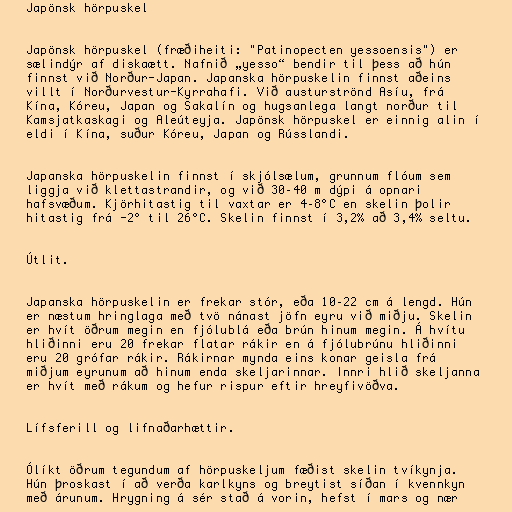
Japönsk hörpuskel

Japönsk hörpuskel (fræðiheiti: "Patinopecten yessoensis") er
sælindýr af diskaætt. Nafnið „yesso“ bendir til þess að hún
finnst við Norður-Japan. Japanska hörpuskelin finnst aðeins
villt í Norðurvestur-Kyrrahafi. Við austurströnd Asíu, frá
Kína, Kóreu, Japan og Sakalín og hugsanlega langt norður til
Kamsjatkaskagi og Aleúteyja. Japönsk hörpuskel er einnig alin í
eldi í Kína, suður Kóreu, Japan og Rússlandi.

Japanska hörpuskelin finnst í skjólsælum, grunnum flóum sem
liggja við klettastrandir, og við 30–40 m dýpi á opnari
hafsvæðum. Kjörhitastig til vaxtar er 4–8°C en skelin þolir
hitastig frá -2° til 26°C. Skelin finnst í 3,2% að 3,4% seltu.

Útlit.

Japanska hörpuskelin er frekar stór, eða 10–22 cm á lengd. Hún
er næstum hringlaga með tvö nánast jöfn eyru við miðju. Skelin
er hvít öðrum megin en fjólublá eða brún hinum megin. Á hvítu
hliðinni eru 20 frekar flatar rákir en á fjólubrúnu hliðinni
eru 20 grófar rákir. Rákirnar mynda eins konar geisla frá
miðjum eyrunum að hinum enda skeljarinnar. Innri hlið skeljanna
er hvít með rákum og hefur rispur eftir hreyfivöðva.

Lífsferill og lifnaðarhættir.

Ólíkt öðrum tegundum af hörpuskeljum fæðist skelin tvíkynja.
Hún þroskast í að verða karlkyns og breytist síðan í kvennkyn
með árunum. Hrygning á sér stað á vorin, hefst í mars og nær